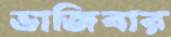
ভাজিবার